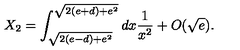
X _ { 2 } = \int _ { \sqrt { 2 ( e - d ) + e ^ { 2 } } } ^ { \sqrt { 2 ( e + d ) + e ^ { 2 } } } d x { \frac { 1 } { x ^ { 2 } } } + O ( \sqrt { e } ) .